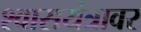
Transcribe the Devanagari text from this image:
श्वासयंत्रावर